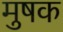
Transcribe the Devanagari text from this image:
मुषक